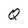
Character: Q